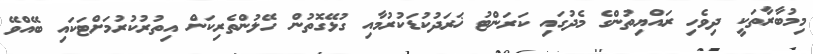
މިމުބާރާތަކީ ދިވެހި ރައްޔިތުންގެ މެދުގައި ކަރަންޓު ޚަރަދުކުޑަކުރުމާއި ގުޅޭގޮތުން ހޭލުންތެރިކަން އިތުރުކުރުމަށްޓަކައި ބޭއްވޭ